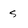
Character: S